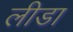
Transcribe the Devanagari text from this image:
लीडा